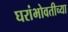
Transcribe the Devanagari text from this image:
घरांभोवतीच्या